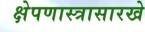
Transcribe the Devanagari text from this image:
क्षेपणास्त्रासारखे